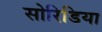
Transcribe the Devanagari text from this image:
सोरिडिया